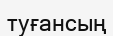
туғансың